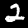
Label: 2